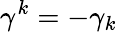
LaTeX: \gamma^{k}=-\gamma_{k}